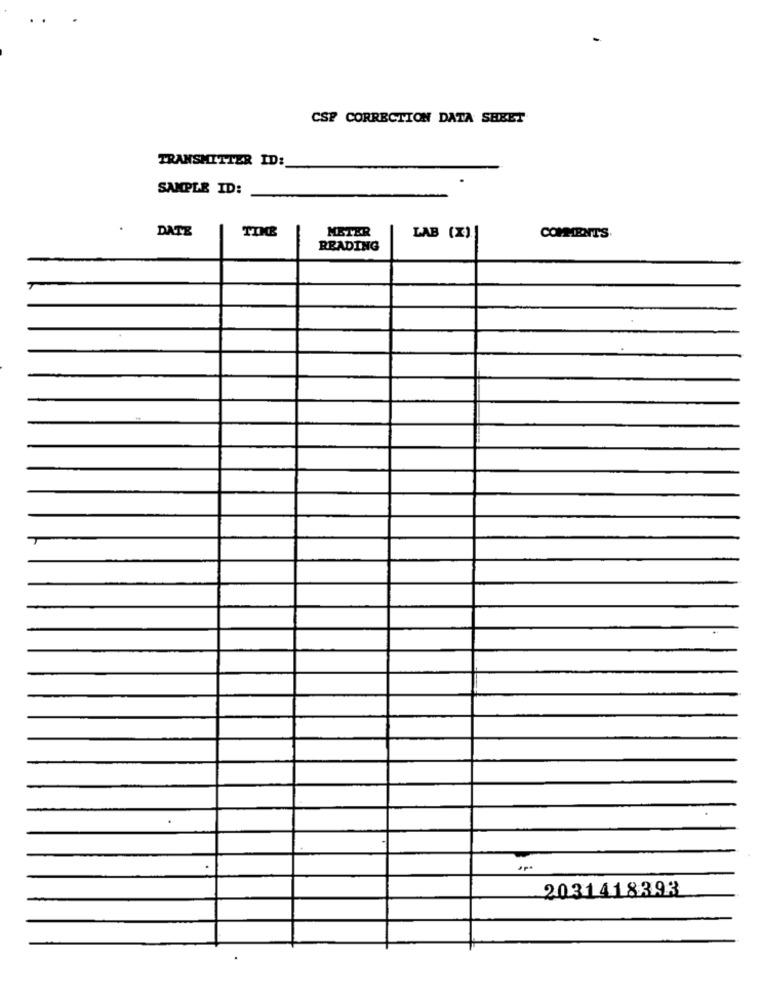
CSP CORRECTION DATA SHEET
TRANSMITTER ID:
.
SAMPLE ID:
DATE
TIME
METER
LAB (X)]
COMMENTS
READING
2031418393